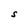
Character: S